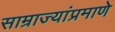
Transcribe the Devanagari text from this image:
साम्राज्यांप्रमाणे